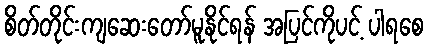
စိတ်တိုင်းကျဆေးတော်မူနိုင်ရန် အပြင်ကိုပင့် ပါရစေ